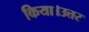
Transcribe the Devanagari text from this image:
किया।उत्तर